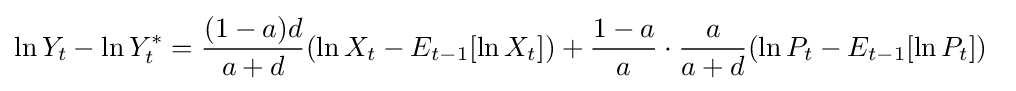
\ln {Y_{t}}-\ln {Y_{t}^{*}}={\frac {(1-a)d}{a+d}}(\ln {X_{t}}-E_{t-1}[\ln {X_{t}}])+{\frac {1-a}{a}}\cdot {\frac {a}{a+d}}(\ln {P_{t}}-E_{t-1}[\ln {P_{t}}])\;\;